Indian journal of veterinary science and animal husbandry - Volumes 26-27, 1956-1957
Year: 1956
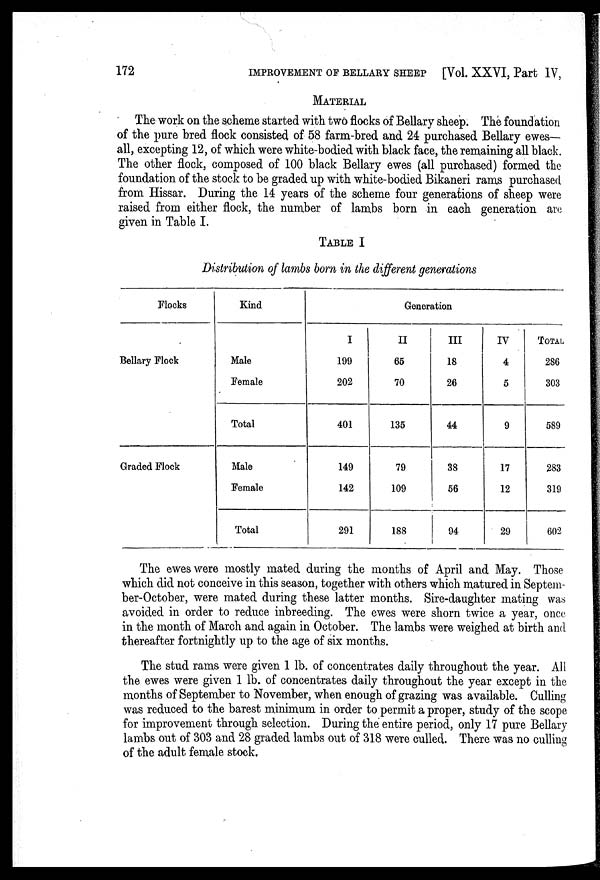
172
IMPROVEMENT OF BELLARY SHEEP [Vol. XXVI, Part IV,
MATERIAL
The work on the scheme started with two flocks of Bellary sheep. The foundation
of the pure bred flock consisted of 58 farm-bred and 24 purchased Bellary ewes-
all, excepting 12, of which were white-bodied with black face, the remaining all black.
The other flock, composed of 100 black Bellary ewes (all purchased) formed the
foundation of the stock to be graded up with white-bodied Bikaneri rams purchased
from Hissar. During the 14 years of the scheme four generations of sheep were
raised from either flock, the number of lambs born in each generation are
given in Table I.
TABLE I
Distribution of lambs born in the different generations
Flocks
Bellary Flock
Graded Flock
Kind
Male
Female
Total
Male
Female
Total
Generation
I
199
202
401
149
142
291
II
65
70
135
79
109
188
III
18
26
44
38
56
94
IV
4
5
9
17
12
29
TOTAL
286
303
589
283
319
602
The ewes were mostly mated during the months of April and May. Those
which did not conceive in this season, together with others which matured in Septem-
ber-October, were mated during these latter months. Sire-daughter mating was
avoided in order to reduce inbreeding. The ewes were shorn twice a year, once
in the month of March and again in October. The lambs were weighed at birth and
thereafter fortnightly up to the age of six months.
The stud rams were given 1 lb. of concentrates daily throughout the year. All
the ewes were given 1 lb. of concentrates daily throughout the year except in the
months of September to November, when enough of grazing was available. Culling
was reduced to the barest minimum in order to permit a proper, study of the scope
for improvement through selection. During the entire period, only 17 pure Bellary
lambs out of 303 and 28 graded lambs out of 318 were culled. There was no culling
of the adult female stock.